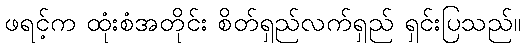
ဖရင့်က ထုံးစံအတိုင်း စိတ်ရှည်လက်ရှည် ရှင်းပြသည်။